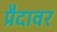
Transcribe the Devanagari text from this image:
प्रैदावर